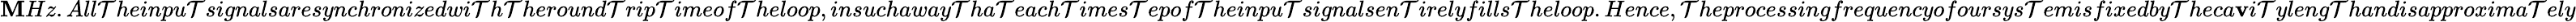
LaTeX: \mathbf{M}Hz.All\mathcal{T}heinpu\mathcal{T}signalsaresynchronizedwi\mathcal{T}h\mathcal{T}heround\mathcal{T}rip\mathcal{T}imeof\mathcal{T}heloop,insuchaway\mathcal{T}ha\mathcal{T}each\mathcal{T}imes\mathcal{T}epof\mathcal{T}heinpu\mathcal{T}signalsen\mathcal{T}irelyfills\mathcal{T}heloop.Hence,\mathcal{T}heprocessingfrequencyofoursys\mathcal{T}emisfixedby\mathcal{T}heca\mathbf{v}i\mathcal{T}yleng\mathcal{T}handisapproxima\mathcal{T}ely